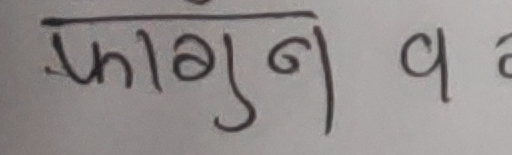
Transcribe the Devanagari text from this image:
फागुन १ a